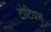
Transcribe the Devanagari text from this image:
टोटियस